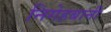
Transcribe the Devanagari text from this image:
निगेहबानी